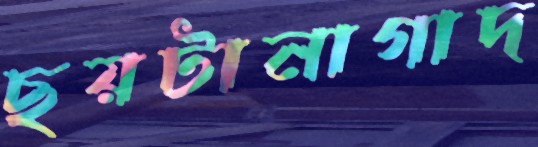
ছয়টানাগাদ